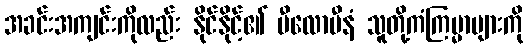
အခင်းအကျင်းကိုလည်း နိုင်နိုင့်၏ ပီလောပီနံ သူတို့ကံကြမ္မာများကို